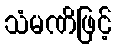
သံမဏိဖြင့်